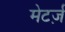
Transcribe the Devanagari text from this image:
मेटर्ज़